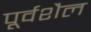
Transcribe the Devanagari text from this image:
पूर्वशैल